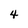
Character: 4